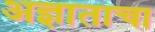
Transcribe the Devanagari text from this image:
अज्ञाताचा